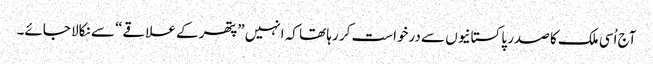
آج اُسی ملک کا صدر پاکستانیوں سے درخواست کر رہا تھا کہ انہیں ”پتھر کے علاقے“ سے نکالا جائے۔